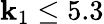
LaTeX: \mathbf{k}_{1}\leq5.3